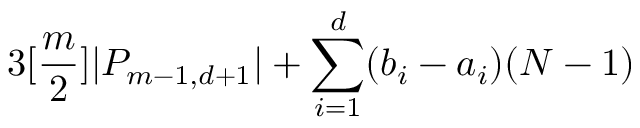
3 [ \frac { m } { 2 } ] | P _ { m - 1 , d + 1 } | + \sum _ { i = 1 } ^ { d } ( b _ { i } - a _ { i } ) ( N - 1 )